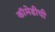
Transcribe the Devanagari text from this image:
कॉमेडीची